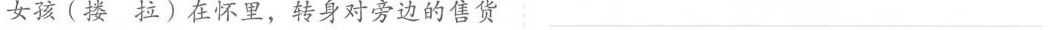
女孩(搂 拉)在怀里，转身对旁边的售货___